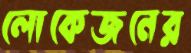
লোকেজনের